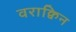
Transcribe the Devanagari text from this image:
वराक्विन